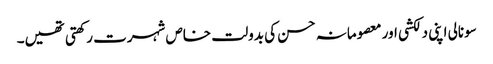
سونالی اپنی دلکشی اور معصومانہ حسن کی بدولت خاص شہرت رکھتی تھیں۔